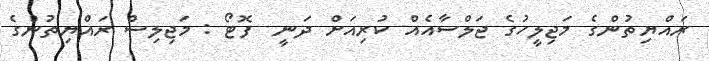
ރައްޔިތުންގެ މަޖިލީހުގެ ޖަލްސާއެއް ކުރިއަށް ދަނީ  ފޮޓޯ : މަޖިލިސް ރައްޔިތުންގެ